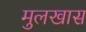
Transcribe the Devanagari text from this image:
मुलखास